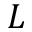
L